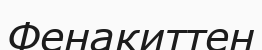
Фенакиттен